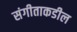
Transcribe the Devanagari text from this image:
संगीताकडील